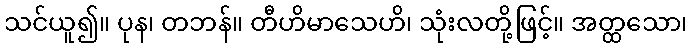
သင်ယူ၍။ ပုန၊ တဘန်။ တီဟိမာသေဟိ၊ သုံးလတို့ဖြင့်။ အတ္ထသော၊